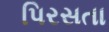
પિરસતા